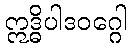
ဣဒ္ဓိပါဒဝဂ္ဂေါ